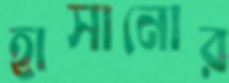
হাসানোর